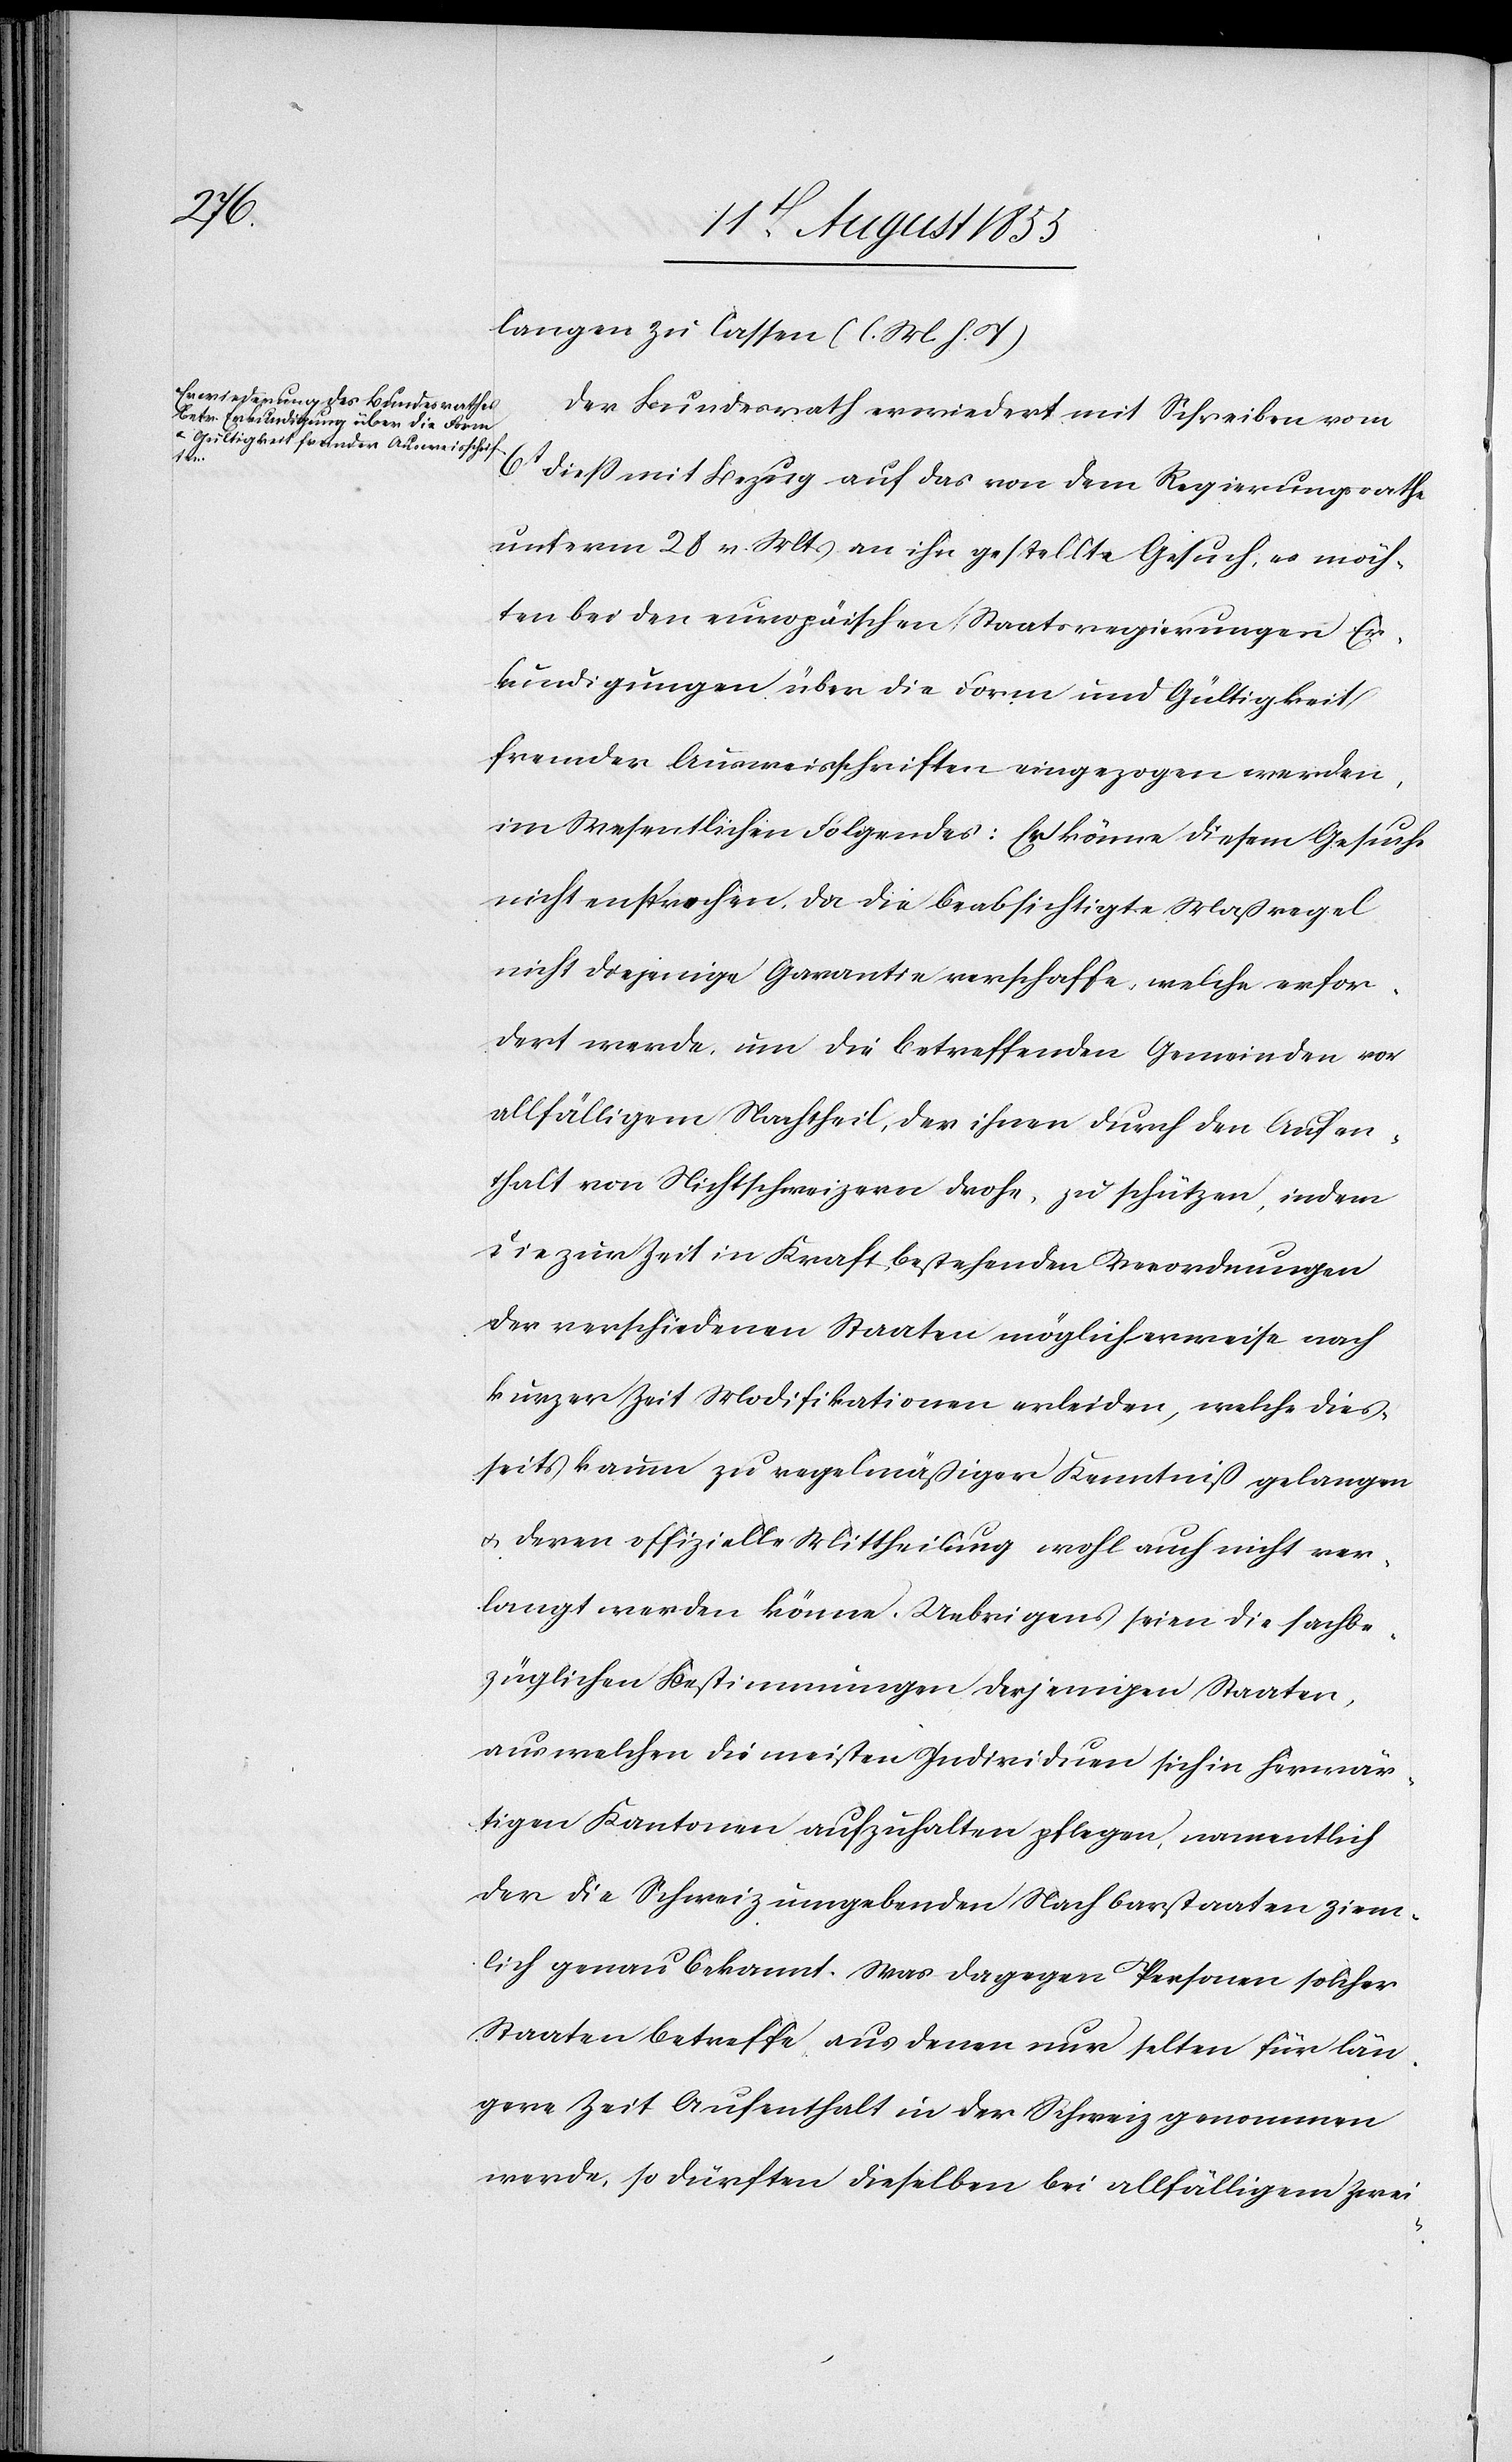
langen zu lassen (l. M. h. T)[.]
Der Bundesrath erwiedert mit Schreiben vom
6t diess mit Bezug auf das von dem Regierungsrathe
unterm 28 v. Mts an ihn gestellte Gesuch, es möch¬
ten bei den europäischen Staatsregierungen Er¬
kundigungen über die Form und Gültigkeit
fremder Ausweisschriften eingezogen werden,
im Wesentlichen Folgendes: Er könne diesem Gesuche
nicht en[t]sprechen, da die beabsichtigte Maßregel
nicht diejenige Garantie verschaffe, welche erfor¬
dert werde, um die betreffenden Gemeinden vor
allfälligem Nachtheil, der ihnen durch den Aufen¬
thalt von Nichtschweizern drohe, zu schützen, indem
die zur Zeit in Kraft bestehenden Verordnungen
der verschiedenen Staaten möglicherweise nach
kurzer Zeit Modifikationen erleiden, welche dies¬
seits kaum zu regelmäßiger Kenntniß gelangen
& deren offizielle Mittheilung wohl auch nicht ver¬
langt werden könne. Uebrigens seien die sachbe¬
züglichen Bestimmungen derjenigen Staaten,
aus welchen die meisten Individuen sich in herwär¬
tigen Kantonen aufzuhalten pflegen, namentlich
der die Schweiz umgebenden Nachbarstaaten ziem¬
lich genau bekannt. Was dagegen Personen solcher
Staaten betreffe aus denen nur selten für län¬
gere Zeit Aufenthalt in der Schweiz genommen
werde, so dürften dieselben bei allfälligem Zwei-